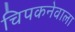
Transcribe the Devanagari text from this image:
चिपकनेवाला